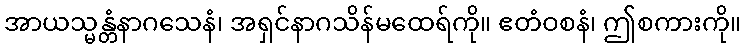
အာယသ္မန္တံနာဂသေနံ၊ အရှင်နာဂသိန်မထေရ်ကို။ ဧတံဝစနံ၊ ဤစကားကို။